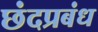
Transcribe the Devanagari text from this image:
छंदप्रबंध